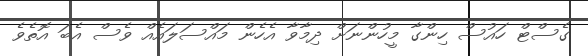
ގެސްޓް ހައުސް ހިންގާ މީހުންނަށް ދިމާވާ އެހެން މައްސަލައެއް ވެސް އެބަ އޮތެވެ